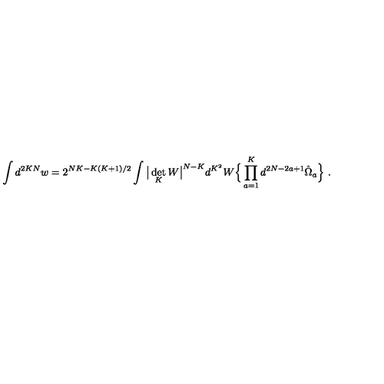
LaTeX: \int d ^ { 2 K N } w = 2 ^ { N K - K ( K + 1 ) / 2 } \int \big | \det _ { K } W \big | ^ { N - K } d ^ { K ^ { 2 } } W \Big \{ \prod _ { a = 1 } ^ { K } d ^ { 2 N - 2 a + 1 } \hat { \Omega } _ { a } \Big \} \ .